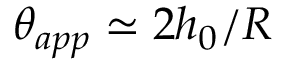
\theta _ { a p p } \simeq 2 h _ { 0 } / R